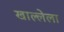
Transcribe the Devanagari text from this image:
खाल्लेला